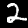
Label: 2